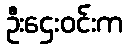
ဦးဌေးဝင်းက